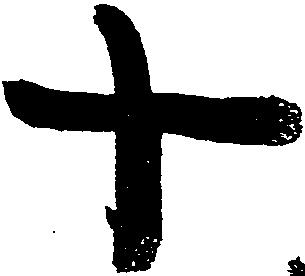
十